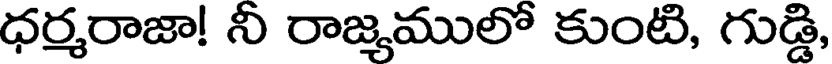
ధర్మరాజా! నీ రాజ్యములో కుంటి, గుడ్డి,